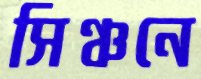
সিঞ্চনে